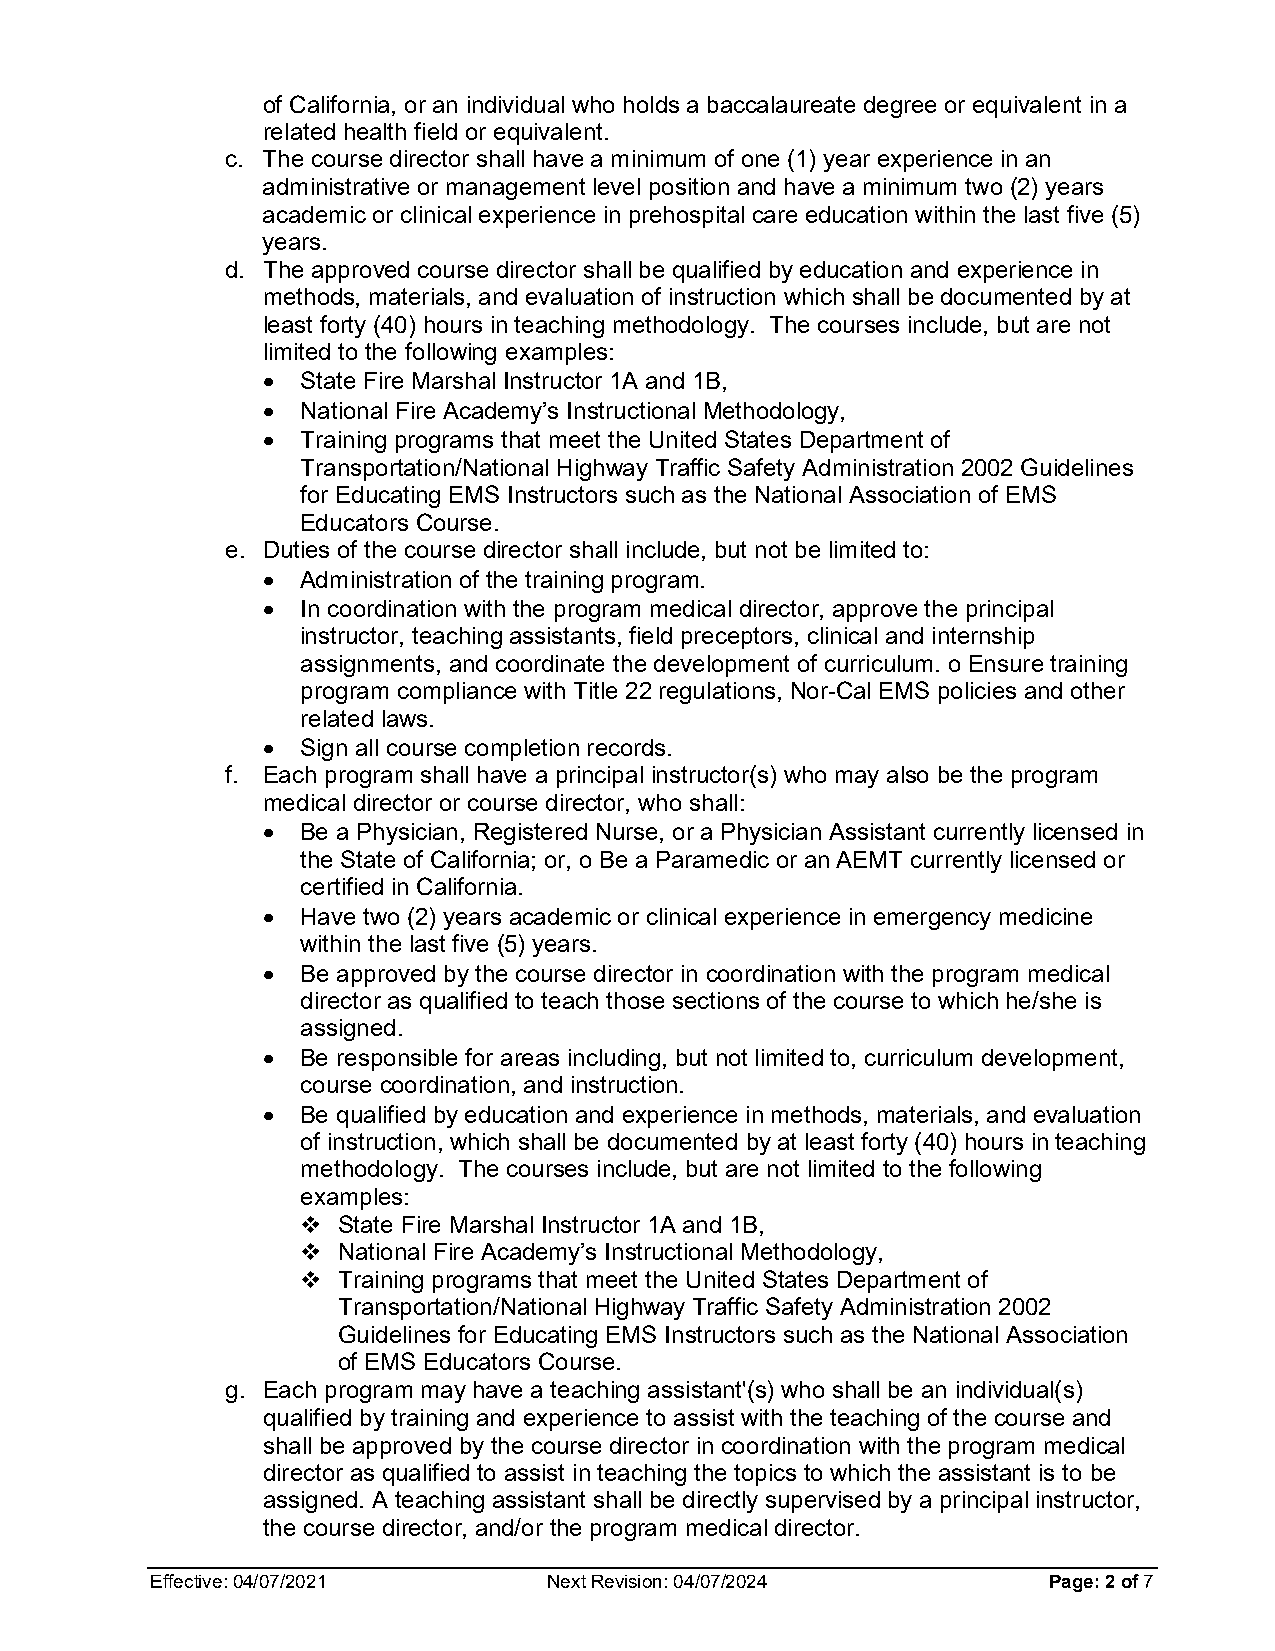
of California, or an individual who holds a baccalaureate degree or equivalent in a
 related health field or equivalent.
 c. The course director shall have a minimum of one (1) year experience in an
 administrative or management level position and have a minimum two (2) years
 academic or clinical experience in prehospital care education within the last five (5)
 years.
 d. The approved course director shall be qualified by education and experience in
 methods, materials, and evaluation of instruction which shall be documented by at
 least forty (40) hours in teaching methodology. The courses include, but are not
 limited to the following examples:
 •  State Fire Marshal Instructor 1A and 1B,
 •  National Fire Academy’s Instructional Methodology,
 •  Training programs that meet the United States Department of
 Transportation/National Highway Traffic Safety Administration 2002 Guidelines
 for Educating EMS Instructors such as the National Association of EMS
 Educators Course.
 e. Duties of the course director shall include, but not be limited to:
 •  Administration of the training program.
 •  In coordination with the program medical director, approve the principal
 instructor, teaching assistants, field preceptors, clinical and internship
 assignments, and coordinate the development of curriculum. o Ensure training
 program compliance with Title 22 regulations, Nor-Cal EMS policies and other
 related laws.
 •  Sign all course completion records.
 f. Each program shall have a principal instructor(s) who may also be the program
 medical director or course director, who shall:
 •  Be a Physician, Registered Nurse, or a Physician Assistant currently licensed in
 the State of California; or, o Be a Paramedic or an AEMT currently licensed or
 certified in California.
 •  Have two (2) years academic or clinical experience in emergency medicine
 within the last five (5) years.
 •  Be approved by the course director in coordination with the program medical
 director as qualified to teach those sections of the course to which he/she is
 assigned.
 •  Be responsible for areas including, but not limited to, curriculum development,
 course coordination, and instruction.
 •  Be qualified by education and experience in methods, materials, and evaluation
 of instruction, which shall be documented by at least forty (40) hours in teaching
 methodology. The courses include, but are not limited to the following
 examples:
  State Fire Marshal Instructor 1A and 1B,
  National Fire Academy’s Instructional Methodology,
  Training programs that meet the United States Department of
 Transportation/National Highway Traffic Safety Administration 2002
 Guidelines for Educating EMS Instructors such as the National Association
 of EMS Educators Course.
 g. Each program may have a teaching assistant'(s) who shall be an individual(s)
 qualified by training and experience to assist with the teaching of the course and
 shall be approved by the course director in coordination with the program medical
 director as qualified to assist in teaching the topics to which the assistant is to be
 assigned. A teaching assistant shall be directly supervised by a principal instructor,
 the course director, and/or the program medical director.
 Effective: 04/07/2021     Next Revision: 04/07/2024        Page: 2 of 7